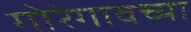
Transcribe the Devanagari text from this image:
गोरेगावच्या